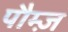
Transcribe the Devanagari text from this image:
पौम्ज़